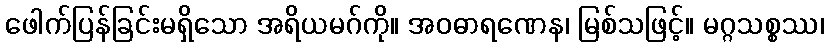
ဖေါက်ပြန်ခြင်းမရှိသော အရိယမဂ်ကို။ အဝဓာရဏေန၊ မြစ်သဖြင့်။ မဂ္ဂသစ္စဿ၊